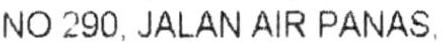
NO 290,JALAN AIR PANAS,